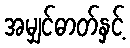
အမျှင်ဓာတ်နှင့်